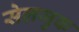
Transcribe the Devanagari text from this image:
सेलजुक